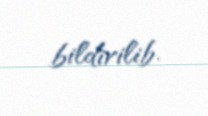
bildirilib.